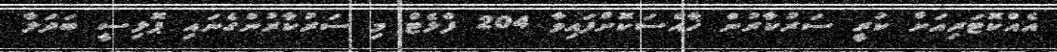
އެއްކޮޓަރިއަށް ކުރީ ސަރުކާރުން ޚާއްސަކޮށްފައިވާ 204 ފްލެޓް މި ސަރުކާރުންގެނައި ޕޮލިސީ ބަދަލާ